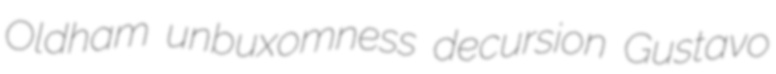
Oldham unbuxomness decursion Gustavo